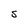
Character: S